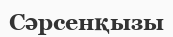
Сәрсенқызы